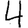
Digit: 4